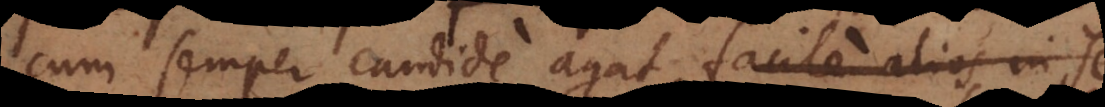
cum semper candide agat, facile alios in se